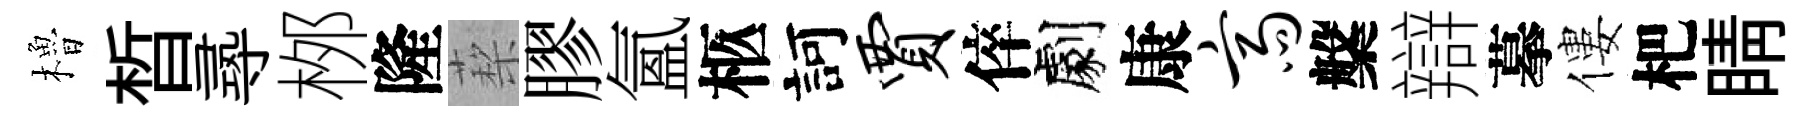
櫓晳𡬶桞隆蔾膠氳柩訶贾倅劇康斋槃辯摹僂杷睛